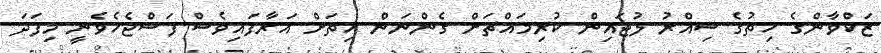
ޒަކްވާންގެ ހިތުގެ ސިއްރު ލުޖައިން ކުރިމައްޗަށް ގެންނަން ހިތަށް އަރާފައިވެސް ފަސްޖެހެވެނީ މިފަދަ